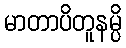
မာတာပိတူနမ္ပိ